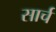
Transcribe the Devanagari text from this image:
सार्च